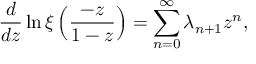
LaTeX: { \frac { d } { d z } } \ln \xi \left( { \frac { - z } { 1 - z } } \right) = \sum _ { n = 0 } ^ { \infty } \lambda _ { n + 1 } z ^ { n } ,